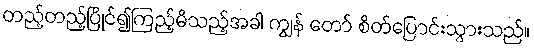
တည့်တည့်ပြိုင်၍ကြည့်မိသည့်အခါ ကျွန် တော် စိတ်ပြောင်းသွားသည်။